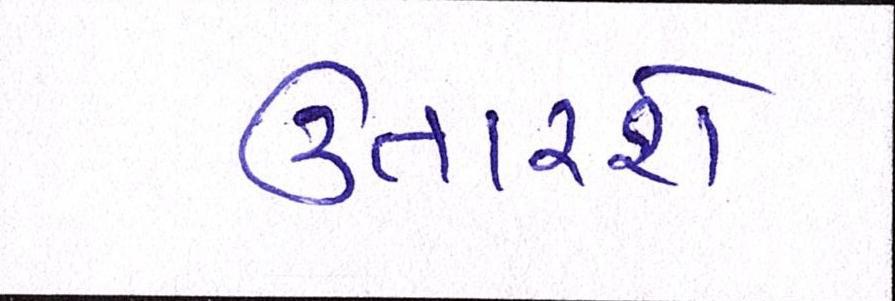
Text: ઉતારશે